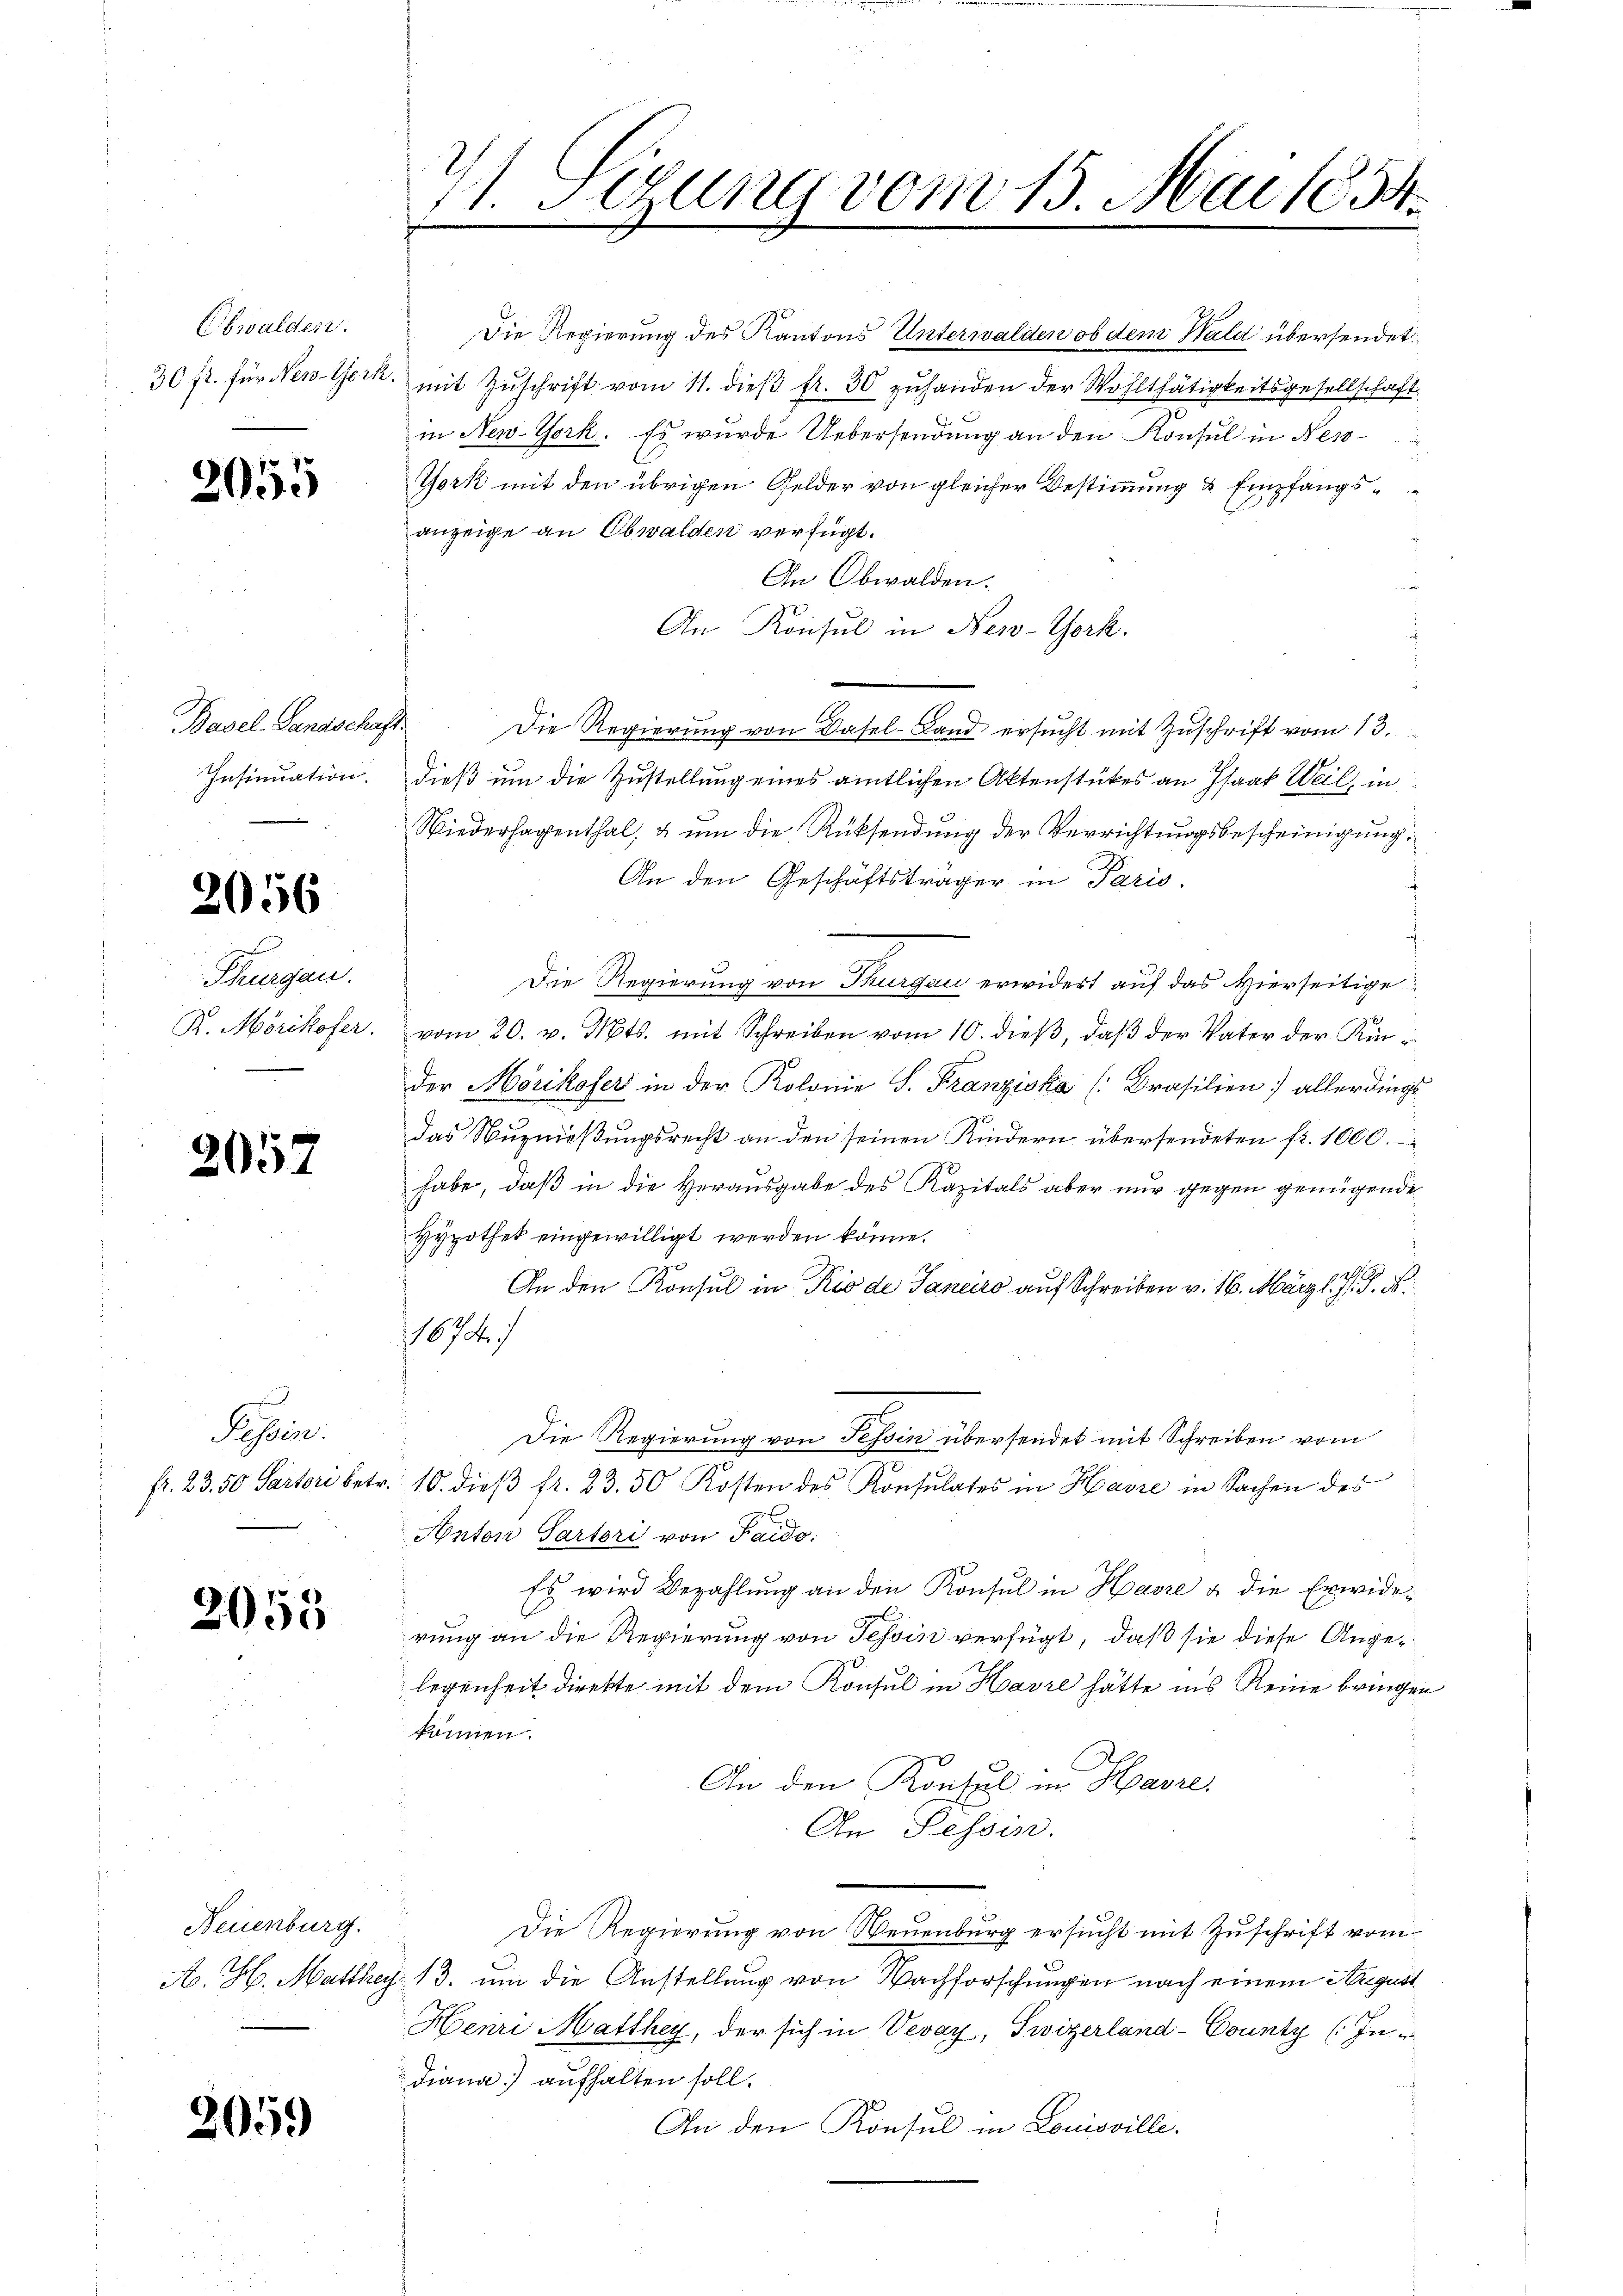
Obwalden.
.

2055

Basel-Landschaft.

2056

Thurgau.

2057

Pipere

2055

Neuenburg.

2059

Die Regierung des Kantons Unterwalden ob dem Wald übersendet
30 fl. für New. Werk. mit Zŭschrift vom 11. dieβ fr. 30 zŭ handen der Wohlthätigkeitsgesellschaft
in New-York. Es wurde Uebersendung an den Konsul in Nes¬
York mit den übrigen Gelder von gleicher Bestimmung & Empfangsanzeige an Obwalden verfügt.
An Obwalden.
An Konsul in New-York.
Die Regierung von Basel-Land ersucht mit Zuschrift vom 13.
Insinuation. Dieß um die Zustellung eines amtlichen Aktenstückes an Isaat Weil, in
Niederhagenthal, & um die Rücksendung der Verrichtungsbescheinigung,
An den Geschäftsträger in Paris.
Die Regierung von Thurgau erwidert auf das Hierseitige
R. Mörikofer. vom 20. v. Mts. mit Schreiben vom 10. dieβ, daβ der Vater der Kin-
der Mörikofer in der Kolonie S. Franziska (Brasilien allerdings
das Nuzmeßungsrecht an den seinen Kindern übersendeten fr. 1000.
habe, daß in die Herausgabe des Kapitals aber nur gegen genügende
Hypothek eingewilligt werden könne.
An den Konsul in Rio de Janeiro auf Schreiben v. 16. März l. J. J. d.
1674.
Die Regierung von Tessin übersendet mit Schreiben vom
fr. 23. 50 Parteri betr. 10. dieβ fr. 83. 50 Kosten des Konsulates in Havre in Sachen des
Anton Partori von Paido:
Es wird Bezahlŭng an den Konsul in Havre a die Erwiderung an die Regierung von Tessin verfügt, daß sie diese Angelegenheit direkte mit dem Konsul in Havre hätte ins Reine bringen
können.
An den Konsul in Havre,
An Tessin.
Die Regierung von Neuenburg ersucht mit Zuschrift vom
A. H. Matthey 13. um die Anstellung von Nachforschungen nach einem August
Henri Matthey, der sich in Vevay, Swizerland-County (In¬
Diana aufhalten soll.
An den Konsul in Louisville.

. Sitzung vom 15. Mai 1854.